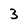
Character: 3